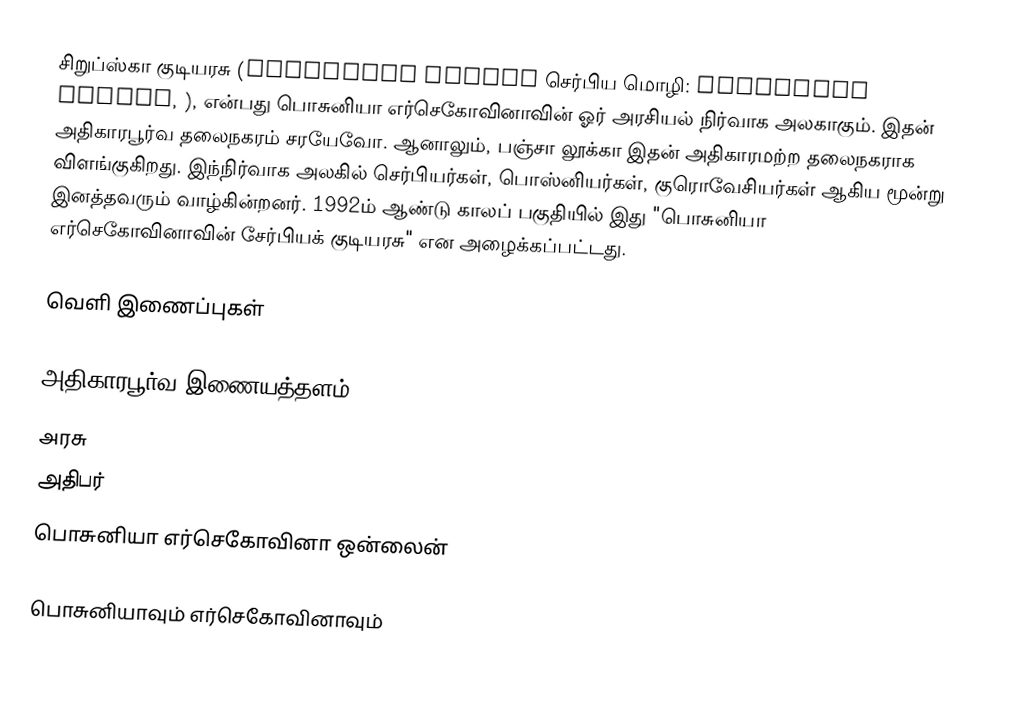
சிறுப்ஸ்கா குடியரசு (Republika Srpska செர்பிய மொழி: Република Српска, ), என்பது பொசுனியா எர்செகோவினாவின் ஓர் அரசியல் நிர்வாக அலகாகும். இதன் அதிகாரபூர்வ தலைநகரம் சரயேவோ. ஆனாலும், பஞ்சா லூக்கா இதன் அதிகாரமற்ற தலைநகராக விளங்குகிறது. இந்நிர்வாக அலகில் செர்பியர்கள், பொஸ்னியர்கள், குரொவேசியர்கள் ஆகிய மூன்று இனத்தவரும் வாழ்கின்றனர். 1992ம் ஆண்டு காலப் பகுதியில் இது "பொசுனியா எர்செகோவினாவின் சேர்பியக் குடியரசு" என அழைக்கப்பட்டது.

வெளி இணைப்புகள்

 அதிகாரபூர்வ இணையத்தளம்
 அரசு
 அதிபர்
 பொசுனியா எர்செகோவினா ஒன்லைன்

பொசுனியாவும் எர்செகோவினாவும்